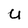
Character: U